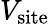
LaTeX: V_{\mathrm{site}}